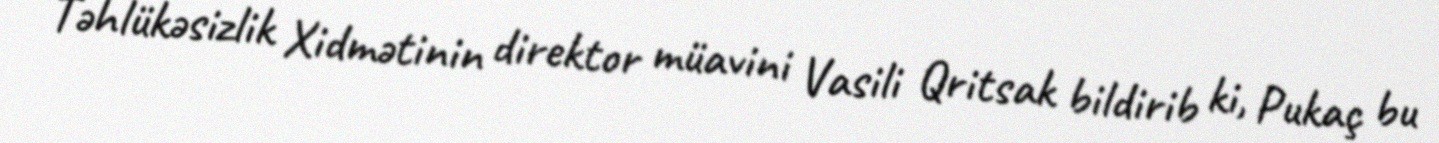
Təhlükəsizlik Xidmətinin direktor müavini Vasili Qritsak bildirib ki, Pukaç bu